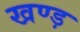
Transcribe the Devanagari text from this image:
खण्ड़